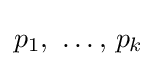
p_{1},\ \ldots ,\,p_{k}